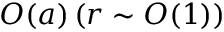
O ( a ) \, ( r \sim O ( 1 ) )